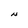
Character: N